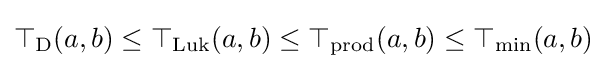
\top _{\mathrm {D} }(a,b)\leq \top _{\mathrm {Luk} }(a,b)\leq \top _{\mathrm {prod} }(a,b)\leq \mathrm {\top _{min}} (a,b)